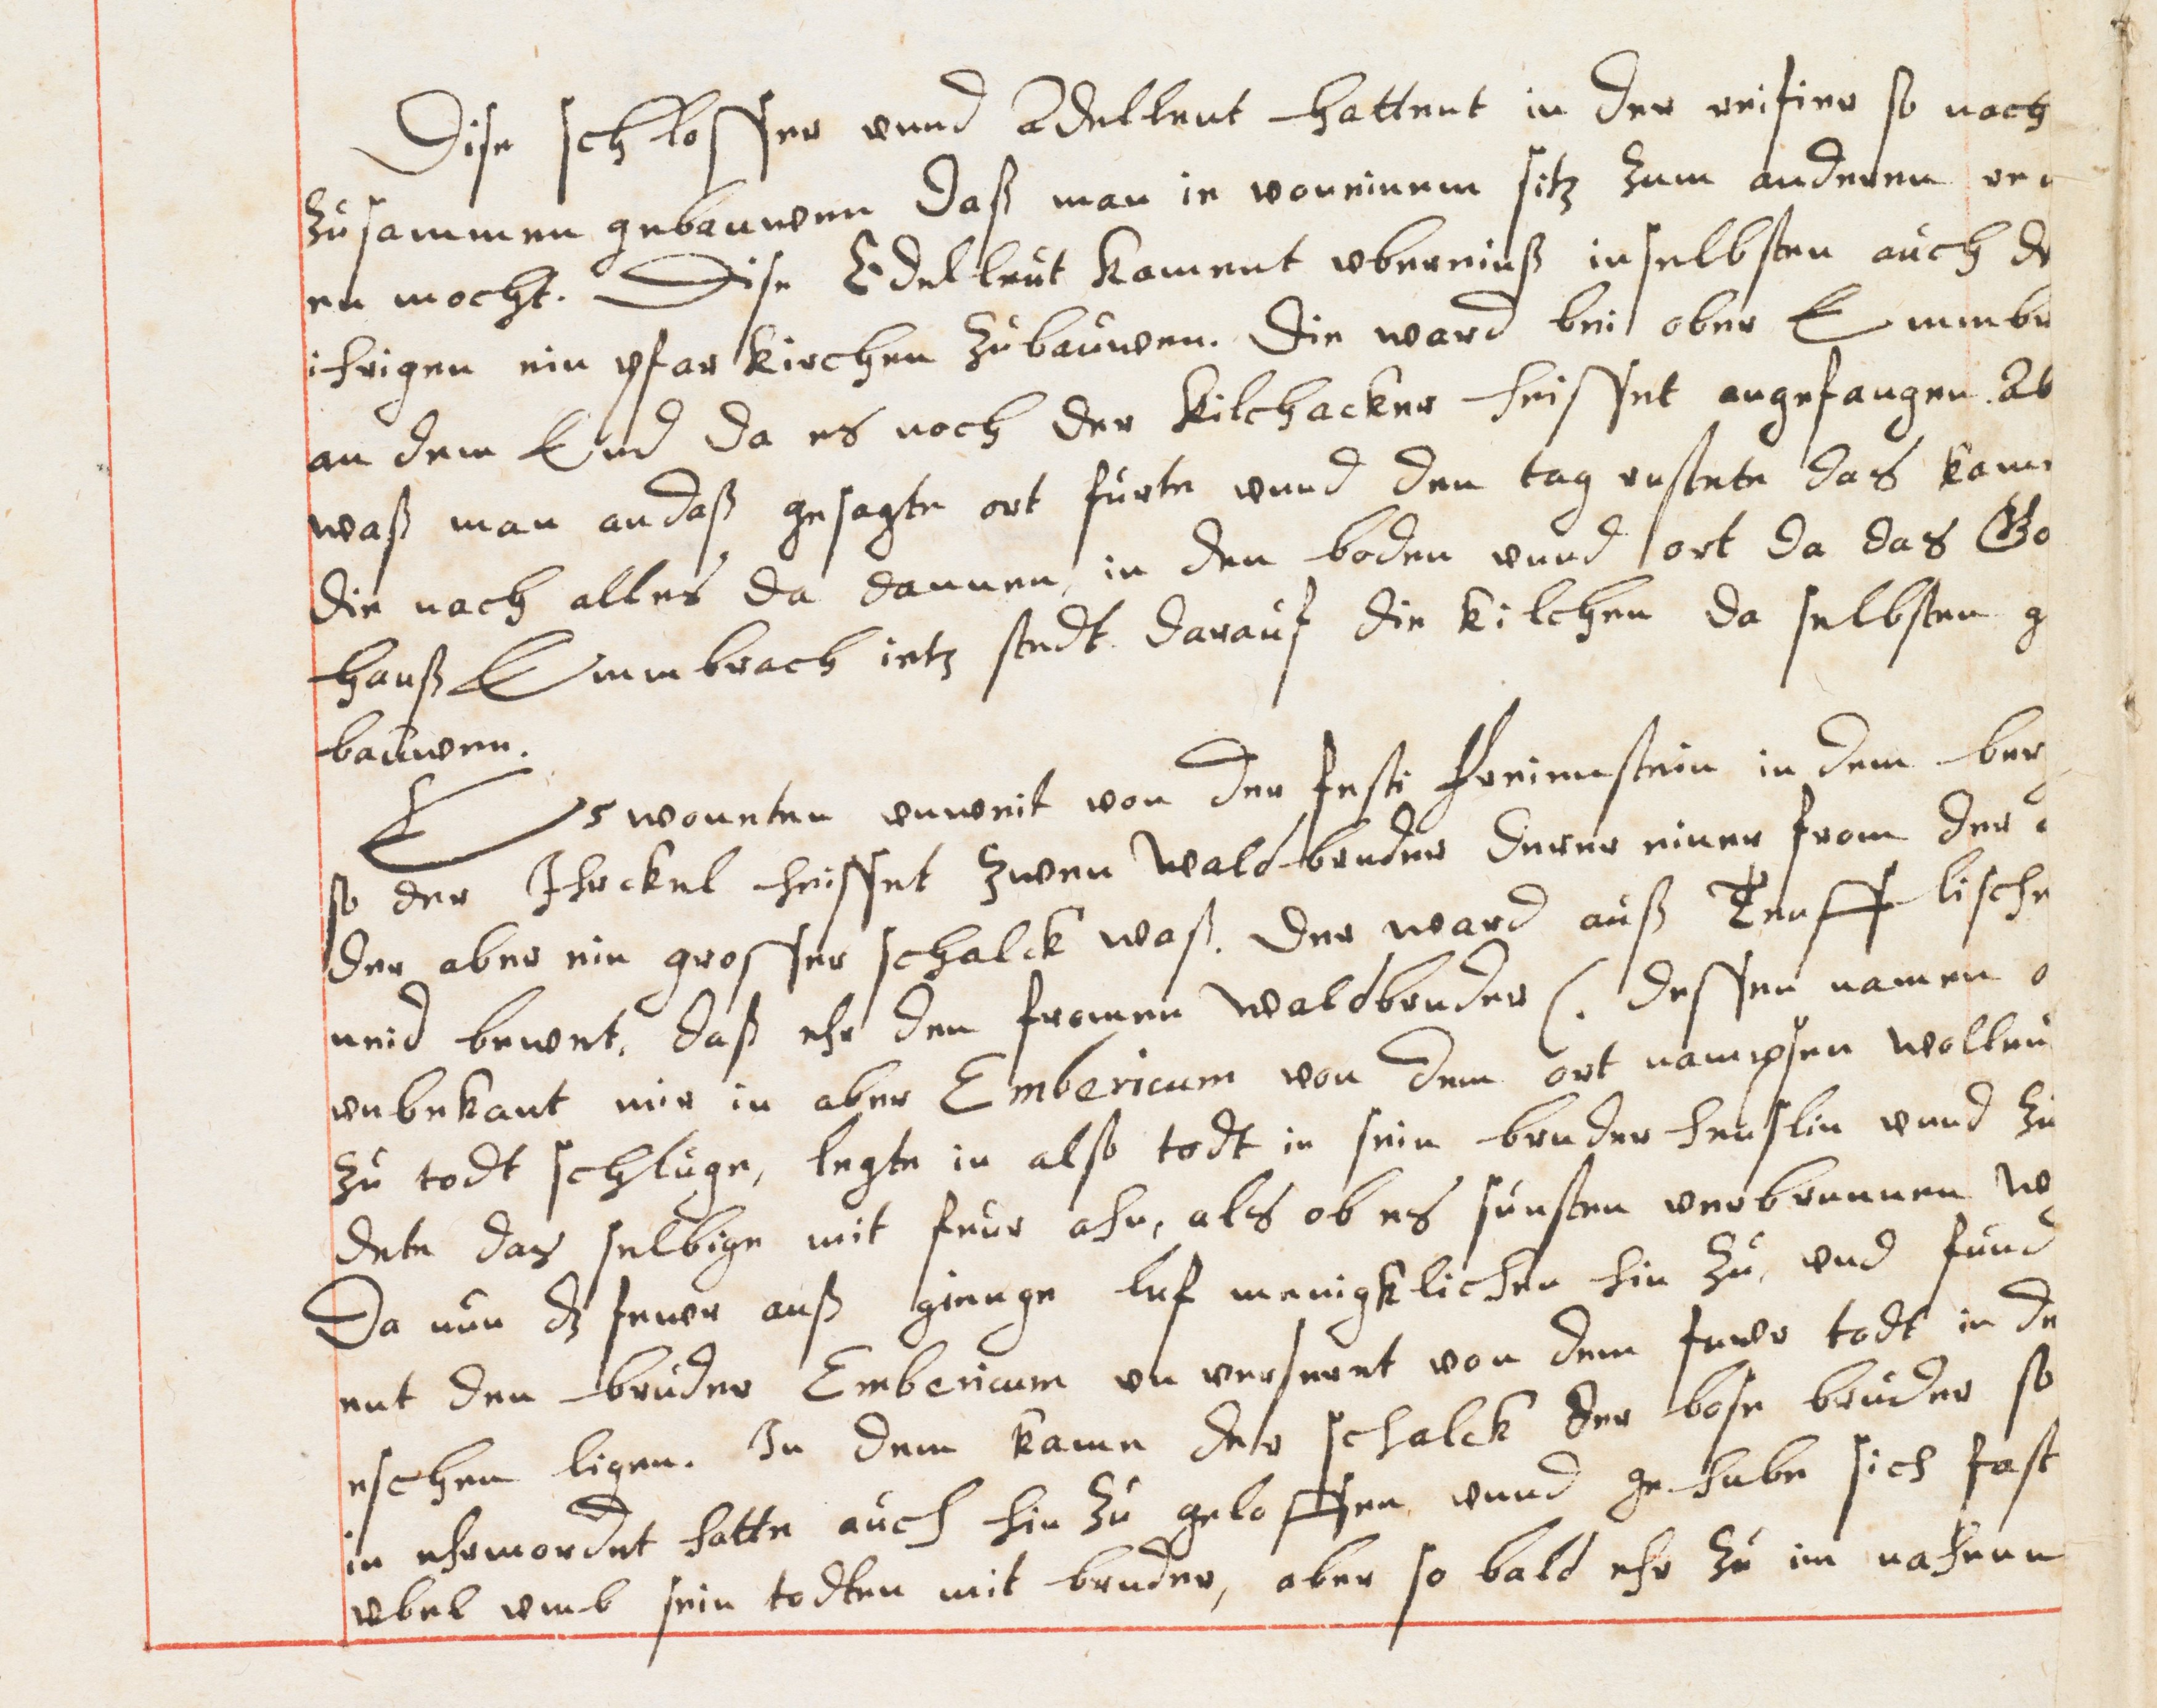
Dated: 1614–1638